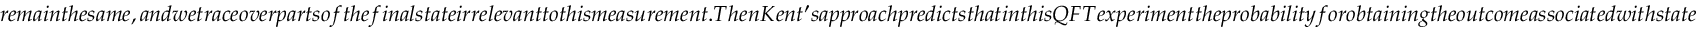
r e m a i n t h e s a m e , a n d w e t r a c e o v e r p a r t s o f t h e f i n a l s t a t e i r r e l e v a n t t o t h i s m e a s u r e m e n t . T h e n K e n t ^ { \prime } s a p p r o a c h p r e d i c t s t h a t i n t h i s Q F T e x p e r i m e n t t h e p r o b a b i l i t y f o r o b t a i n i n g t h e o u t c o m e a s s o c i a t e d w i t h s t a t e